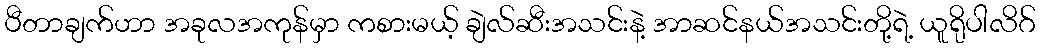
ပီတာချက်ဟာ အခုလအကုန်မှာ ကစားမယ့် ချဲလ်ဆီးအသင်းနဲ့ အာဆင်နယ်အသင်းတို့ရဲ့ ယူရိုပါလိဂ်